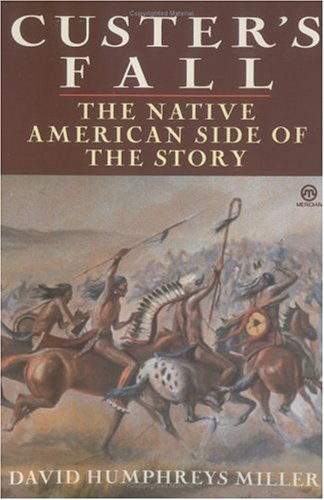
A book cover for Custer's Fall: The Native American Side of the Story (Meridian); David Miller; History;